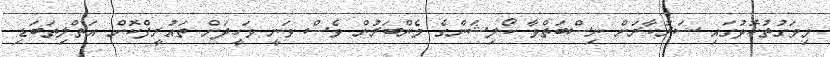
މިވަގުތުކޮޅުގައި ސަރުކާރަށް ނިސްބަތްވާ ކޯލިޝަންގެ މެންބަރުން ވެސް ވަނީ ވަހީދަށް ތައުރީފްކޮށް އަތްލިތަބަޑި